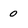
Character: o